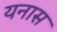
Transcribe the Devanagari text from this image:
यनास